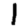
Digit: 1